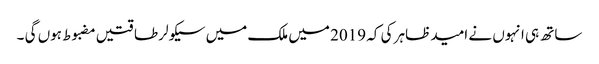
ساتھ ہی انہوں نے امید ظاہر کی کہ 2019 میں ملک میں سیکولر طاقتیں مضبوط ہوں گی ۔